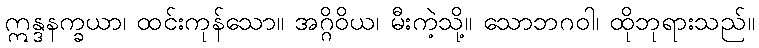
ဣန္ဒနက္ခယာ၊ ထင်းကုန်သော။ အဂ္ဂိဝိယ၊ မီးကဲ့သို့။ သောဘဂဝါ၊ ထိုဘုရားသည်။